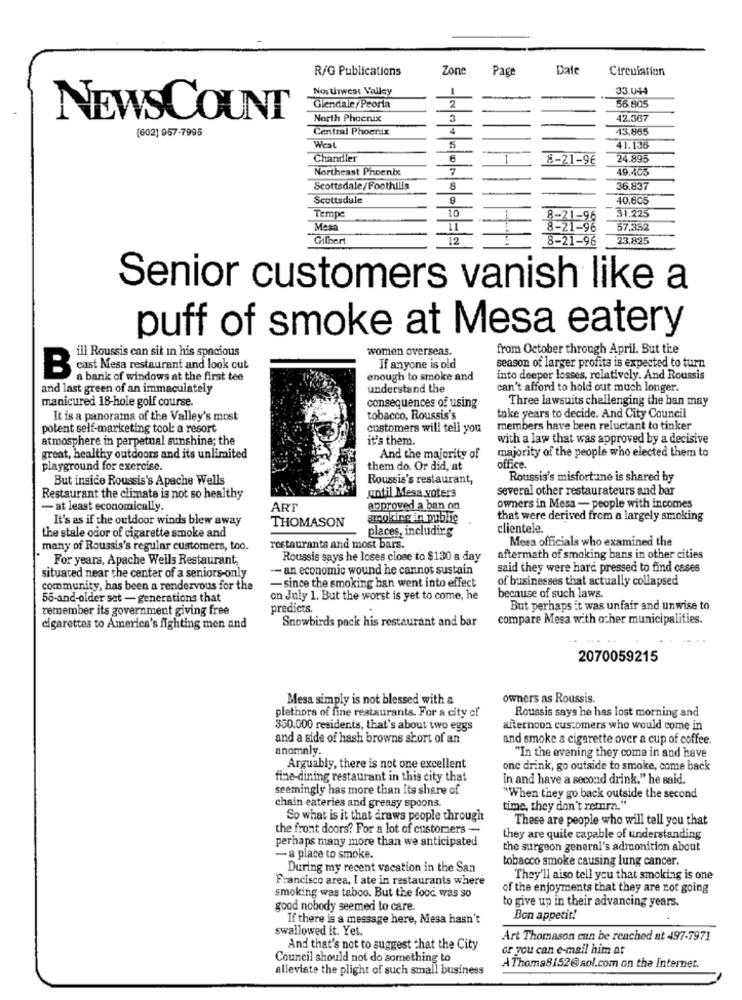
R/G Publications
Zone
Page
Date
Circulation
Northwest Valley
-
33.044
2
Glendale/Peoria
56.805
NEWSCOUNT
North Phoenix
3
12,367
(602) 967-7995
Central Phoenix
4
13.865
West
5
41.136
Chandler
6
8-21-96
24.895
Northeast Phoenix
7
Scottsdale/Foothills
8
36.837
Scottsdule
9
40,605
10
31,225
Tempe
Mean
11
8-21-96
57,352
Gilbert
12
8-21-96
23.825
Senior customers vanish like a
puff of smoke at Mesa eatery
ill Roussis can sit in his spacious
women overseas.
from October through April. But the
cast Mesa restaurant and look cut
If anyone is old
season of larger profits is expected to turn
B
a bank of windows at the first tee
enough to smoke and
into deeper losses, relatively. And Roussis
and last green of an immaculately
understand the
can't afford to hold out much longer
manicured 18-hole golf course.
consequences of using
Three lawsuits challenging the ban may
It is a panorama of the Valley's most
tobacco, Roussis's
take years to decide. And City Council
potent self-marketing tool: a resort
customers will tell you
members have been reluctant to tinker
atmosphere in perpetual sunshine; the
it's them.
with a law that was approved by a decisive
majority of the people who elected them to
great, healthy outdoors and its unlimited
And the majority of
playground for exercise.
them do. Or did, at
office.
But inside Roussis's Apache Wells
Roussis's restaurant,
Roussis's misfort me is shared by
several other restaurateurs and bar
Restaurant the climate is not so healthy
until Mesa voters
- at least economically.
ART
approved a ban on
owners in Mesa - people with incomes
It's as if the outdoor winds blew away
THOMASON
smoking in public
that were derived from a largely smoking
places, including
clientele.
the stale odor of cigarette smoke and
Meea officials who examined the
many of Roussis's regular customers, too.
restaurants and most bars.
For years, Apache Weils Restaurant,
Roussis says he loses close to $130 a day
aftermath of smoking bans in other cities
-- an economic wound he cannot sustain
said they were harc pressed to find cases
situated near the center of a seniors-only
of businesses that actually collapsed
community, has been a rendezvous for the
- since the smoking ban went into effect
55-and-older set - generations that
on July 1. But the worst is yet to come, he
because of such laws.
remember its government giving free
predicts.
But perhaps it was unfair and unwise to
Snowbirds pack his restaurant and bar
compare Mesa with other municipalities.
cigarettes to America's fighting men and
2070059215
Mesa simply is not blessed with a
owners as Roussis.
plethora of fine restaurants. For a city of
Roussis says he has lost morning and
350.000 residents, that's about two eggs
afternoon customers who would come in
and a side of hash browns short of an
and smoke a cigarette over a cup of coffee.
anomaly
"In the evening they come in and have
Arguably, there is not one excellent
one drink, go outside to smoke, come back
fine-dining restaurant in this city that
in and have a second drink." he said.
seemingly has more than its share of
chain eateries and greasy spoons.
"When they go back outside the second
time, they don't return."
So what is it that draws people through
These are people who will tell you that
the front doors? For a lot of customers -
perhaps many more than we anticipated
they are quite capable of understanding
the surgeon general's admonition about
- a place to smoke.
tobacco smoke causing lung cancer.
During my recent vacation in the San
Francisco area, I ate in restaurants where
They'll aiso tell you that smoking is one
smoking was tebco. But the food was so
of the enjoyments that they are not going
to give up in their advancing years.
good nobody seemed to care.
If there is a message here, Mesa hasn't
Bon appetit!
swallowed it. Yet.
Art Thomason can be reached at 497-7971
And that's not to suggest that the City
or you can e-mail him at
Council should not do something to
alleviate the plight of such small business
AThoma8152@aol.com on the Internet.